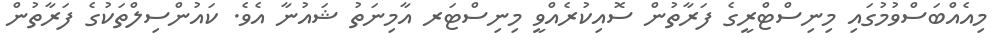
މިއެއްބަސްވުމުގައި މިނިސްޓްރީގެ ފަރާތުން ސޮއިކުރެއްވީ މިނިސްޓަރ އާމިނަތު ޝައުނާ އެވެ. ކައުންސިލްތަކުގެ ފަރާތުން